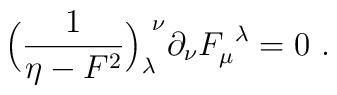
\Bigl( {1\over \eta - F^2} \Bigr)_\lambda^{\ \nu}\partial_\nu F_\mu^{\ \lambda} = 0 \ .